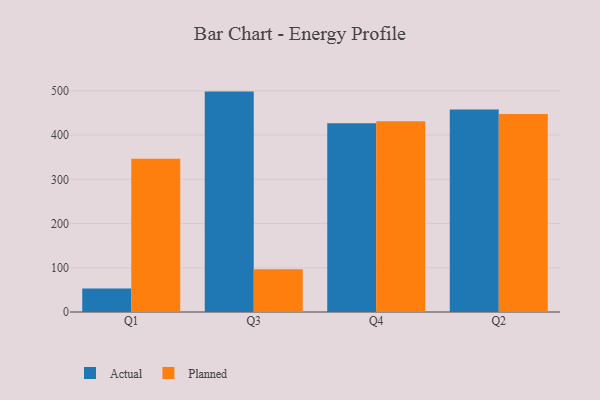
{"axis": {"x": "Quarter", "y": "Humidity (%)"}, "legend": ["Actual", "Planned"], "data": [{"x": "Q1", "y": 53.0, "type": "Actual"}, {"x": "Q1", "y": 346.4, "type": "Planned"}, {"x": "Q3", "y": 498.4, "type": "Actual"}, {"x": "Q3", "y": 96.5, "type": "Planned"}, {"x": "Q4", "y": 426.6, "type": "Actual"}, {"x": "Q4", "y": 431.2, "type": "Planned"}, {"x": "Q2", "y": 457.8, "type": "Actual"}, {"x": "Q2", "y": 448.0, "type": "Planned"}]}